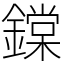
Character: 鏿